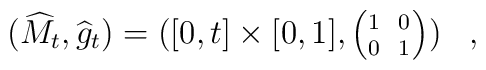
(\widehat{M}_t,\widehat{g}_t) = ([0,t]\times[0,1], \left( \parbox{16pt}{ \scriptsize1 \makebox[1pt]{} 0 \\0 \makebox[1pt]{} 1 } \right) ) \;\;\;,